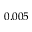
0 . 0 0 5